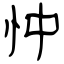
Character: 忡